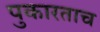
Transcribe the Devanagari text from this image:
पुकारताच